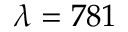
\lambda = 7 8 1